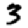
Digit: 3